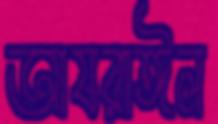
আযরাঈল